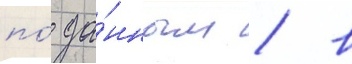
по́ да́нным / в